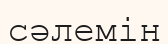
сәлемін